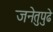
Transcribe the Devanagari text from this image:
जनेतुपुढे